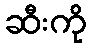
ဆီးကို